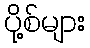
ပို့စ်များ